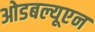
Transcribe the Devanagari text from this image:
ओडबल्यूएन